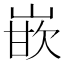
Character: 嵌